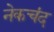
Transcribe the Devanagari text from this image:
नेकचंद